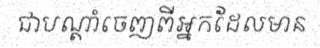
ជាបណ្តាំចេញពីអ្នកដែលមាន